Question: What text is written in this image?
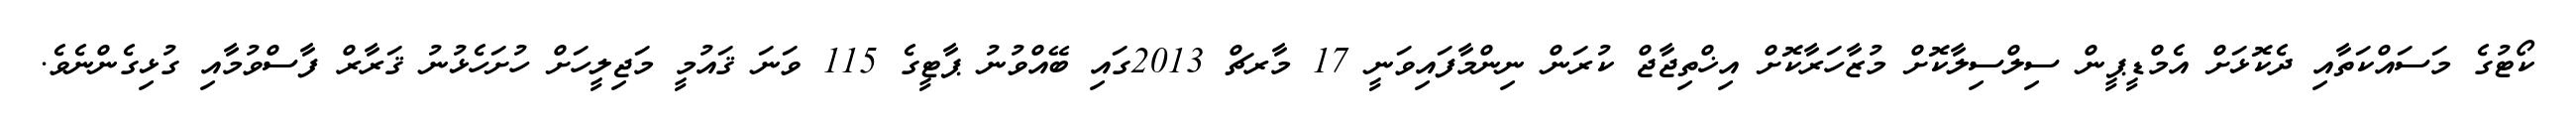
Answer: ކޯޓުގެ މަސައްކަތާއި ދެކޮޅަށް އެމްޑީޕީން ސިލްސިލާކޮށް މުޒާހަރާކޮށް އިޚްތިޖާޖް ކުރަން ނިންމާފައިވަނީ 17 މާރޗް 2013ގައި ބޭއްވުނު ޕާޓީގެ 115 ވަނަ ޤައުމީ މަޖިލީހަށް ހުށަހެޅުނު ޤަރާރް ފާސްވުމާއި ގުޅިގެންނެވެ.